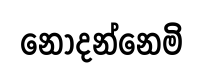
නොදන්නෙමි